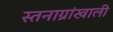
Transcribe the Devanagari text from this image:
स्तनाग्रांखाली